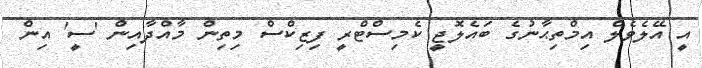
އީ އޭލެވެލް އިމްތިޙާނުގެ ބައެލޮޖީ ކެމިސްޓްރީ ފިޒިކްސް މިތިން މާއްދާއިން 'ސީ' އިން